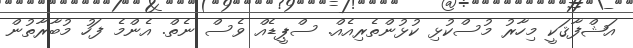
އަޝްފާޤަކީ މިހާރު މުސްކުޅި ކުޅުންތެރިއެއް. ސްޕީޑެއް ވެސް ނެތް. އެންމެ ފަހު މުބާރާތުން